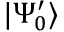
| \Psi _ { 0 } ^ { \prime } \rangle